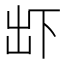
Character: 𠀴